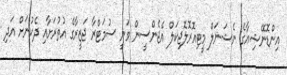
އިންޑޮނޭޝިއާގެ ނެޝަނަލް މީޓިއޮރޮލޮޖިކަލް އެޖެންސީން ވަނީ ސުމަޓްރާ ޖަޒީރާގެ އުތުރަށާއި ދެކުނަށް އަދި